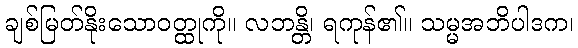
ချစ်မြတ်နိုးသောဝတ္ထုကို။ လဘန္တိ၊ ရကုန်၏။ သမ္မအဘိပါဒက၊